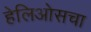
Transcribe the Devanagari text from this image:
हेलिओसचा